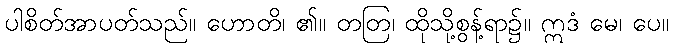
ပါစိတ်အာပတ်သည်။ ဟောတိ၊ ၏။ တတြ၊ ထိုသို့စွန့်ရာ၌။ ဣဒံ မေ၊ ပေ။